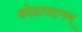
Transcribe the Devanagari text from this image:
कोठापटनम्